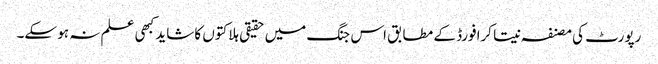
رپورٹ کی مصنفہ نیتا کرافورڈ کے مطابق اس جنگ میں حقیقی ہلاکتوں کا شاید کبھی علم نہ ہو سکے۔